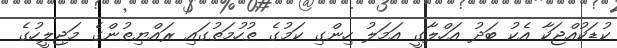
ކުޑަކުއްޖަކާ އެކު ބަދު އަހްލާގީ އަމަލު ހިންގި ކަމުގެ ތުހުމަތުގައި ރައްޔިތުންގެ މަޖިލީހުގެ